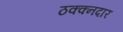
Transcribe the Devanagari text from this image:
ठक्क्नदार